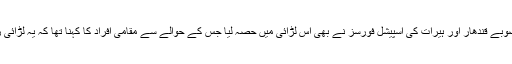
روزنامہ ’ڈان ‘ کی ایک رپورٹ کے مطابق افغان صوبے قندھار اور ہیرات کی اسپیشل فورسز نے بھی اس لڑائی میں حصہ لیا جس کے حوالے سے مقامی افراد کا کہنا تھا کہ یہ لڑائی رات گئے شروع ہوئی جو کافی دیر تک جاری رہی۔